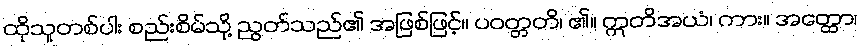
ထိုသူတစ်ပါး စည်းစိမ်သို့ ညွတ်သည်၏ အဖြစ်ဖြင့်။ ပဝတ္တတိ၊ ၏။ ဣတိအယံ၊ ကား။ အတ္ထော၊